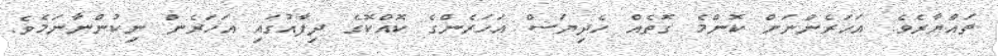
ތައްޔާރެވެ. އަހަރެންނަށް ކޮންމެ ގޮތެއް ހެދިޔަސް އަހަރެންގެ ކޮއްކޮގެ ދިފާއުގައި އަހަރެން ނިކުންނާނަމެވެ.